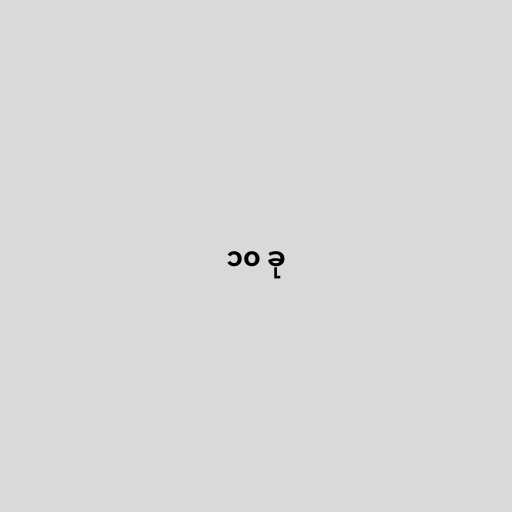
၁၀ ခု